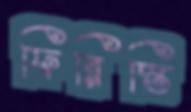
ফিরিস্তি